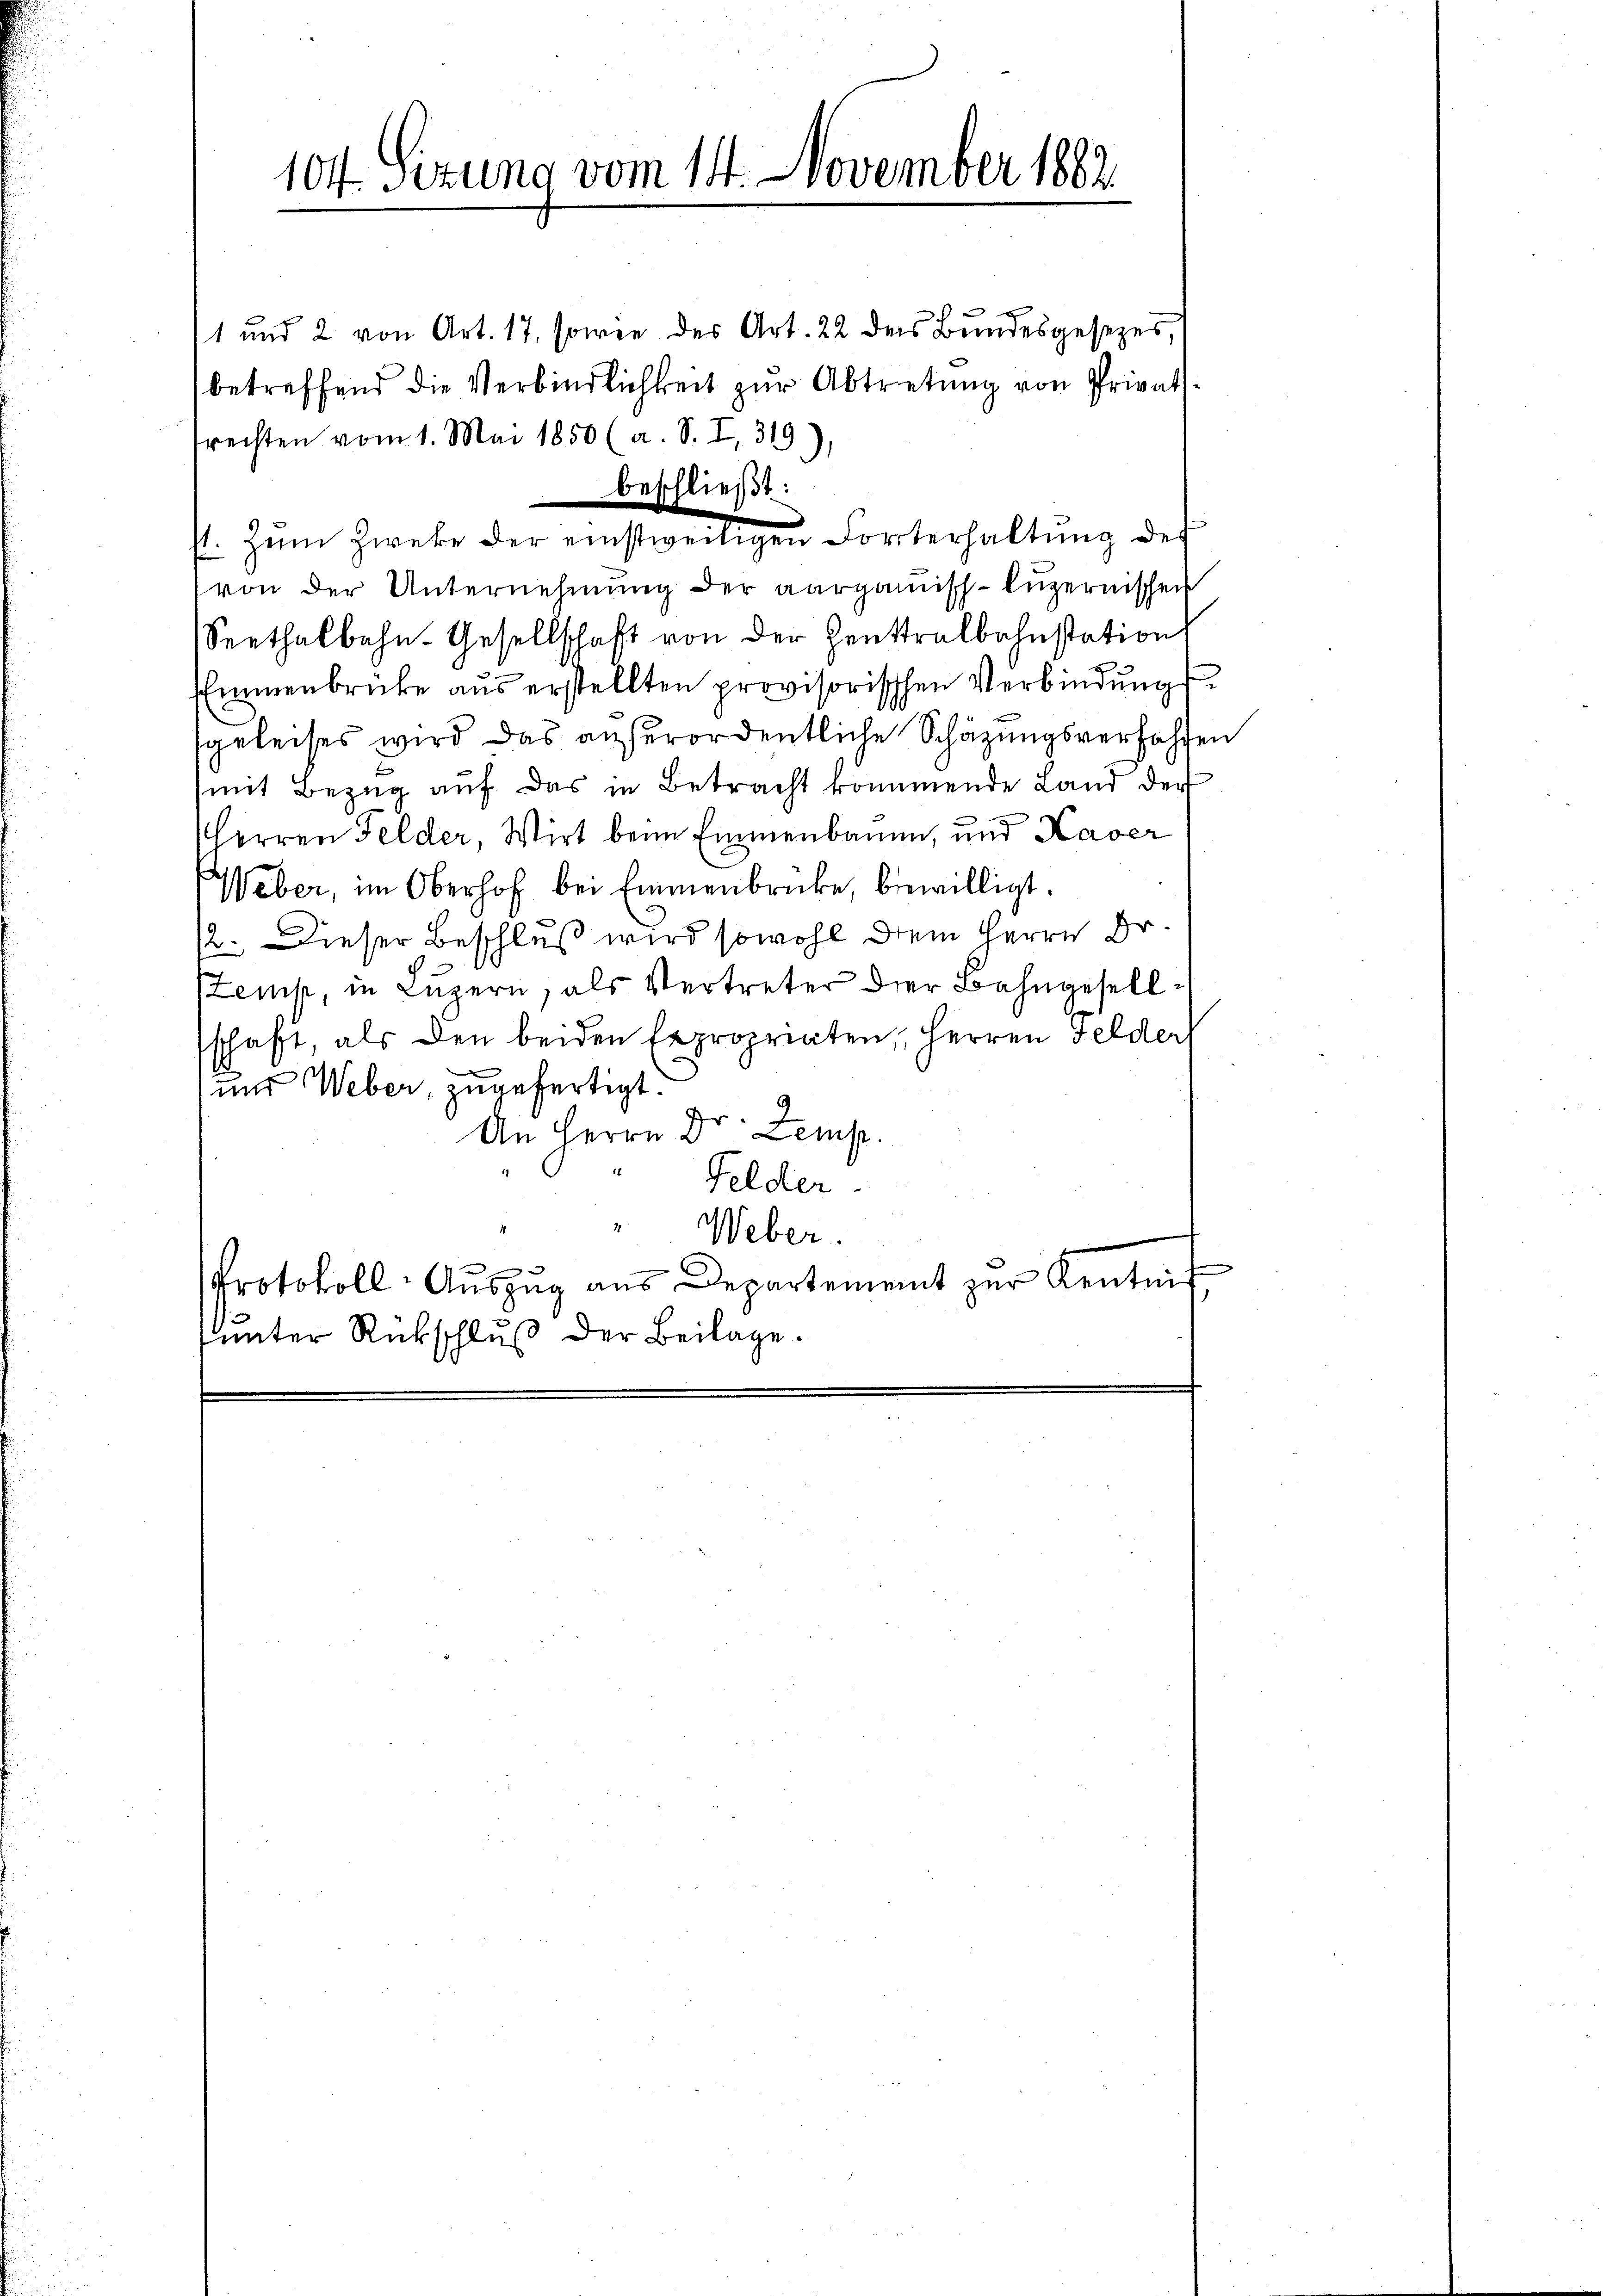
104. Sizung vom 14. November 1882

1 und 2 von Art. 17, sowie der Art. 22 des Bundesgesezesbetreffend die Verbindlichkeit zŭr Abtretung von Privat
frechten vom 1. Mai 1850 (a. S. I, 319),
1. Zum Zwecke der einstweiligen Forterhaltŭng des
von der Unternehmung der aarganisch-luzernischen
Seethalbahn-Gesellschaft von der Zentralbahnstation
Emmenbrücke aus erstellten provisorischen Verbindungssgeleises wird das außerordentliche Schäzungsverhohlen
(mit Bezug auf das in Betracht kommende Land der
Herren Felder, Wirt beim Emmenbauen, und Kaver
Weber, im Oberhof bei Emmenbrücke, bewilligt.
12. Dieser Beschluß wird sowohl dem Herrn Dr.
Semst, in Luzern, als Vertreter der Bahngesellschaft, als den beiden Expropriaten, Herren Felder
und Weber, zugefertigt.
An Herrn Dr. Lempp.
Felder
Weber.
Protokoll- Auszug aus Departement zur Kentnis
unter Rückschluß der Beilage.

beschließt: